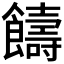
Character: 𩟕